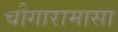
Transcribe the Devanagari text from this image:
चौगारामासा